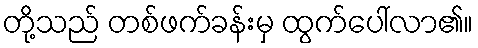
တို့သည် တစ်ဖက်ခန်းမှ ထွက်ပေါ်လာ၏။